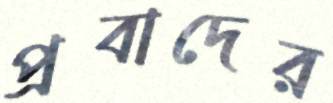
প্রবাদের